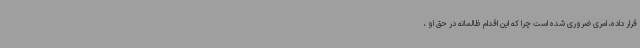
قرار داده، امری ضروری شده است چرا که این اقدام ظالمانه در حق او ،